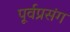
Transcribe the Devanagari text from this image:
पूर्वप्रसंग